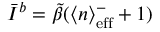
\Bar { I } ^ { b } = \tilde { \beta } ( \langle n \rangle _ { \mathrm { e f f } } ^ { - } + 1 )